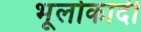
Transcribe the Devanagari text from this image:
भूलोकादी